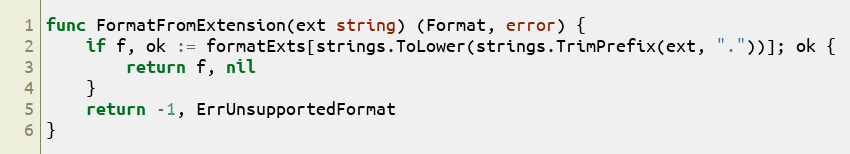
Language: Go
func FormatFromExtension(ext string) (Format, error) {
	if f, ok := formatExts[strings.ToLower(strings.TrimPrefix(ext, "."))]; ok {
		return f, nil
	}
	return -1, ErrUnsupportedFormat
}